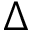
\Delta